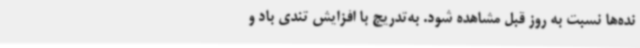
نده‌ها نسبت به روز قبل مشاهده شود. به‌تدریج با افزایش تندی باد و